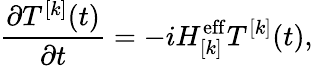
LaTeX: \frac{\partial T^{[k]}(t)}{\partial t}=-iH_{[k]}^{\mathrm{eff}}T^{[k]}(t),